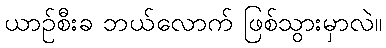
ယာဉ်စီးခ ဘယ်လောက် ဖြစ်သွားမှာလဲ။